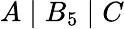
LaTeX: A\mid B_{5}\mid C